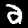
Label: 2